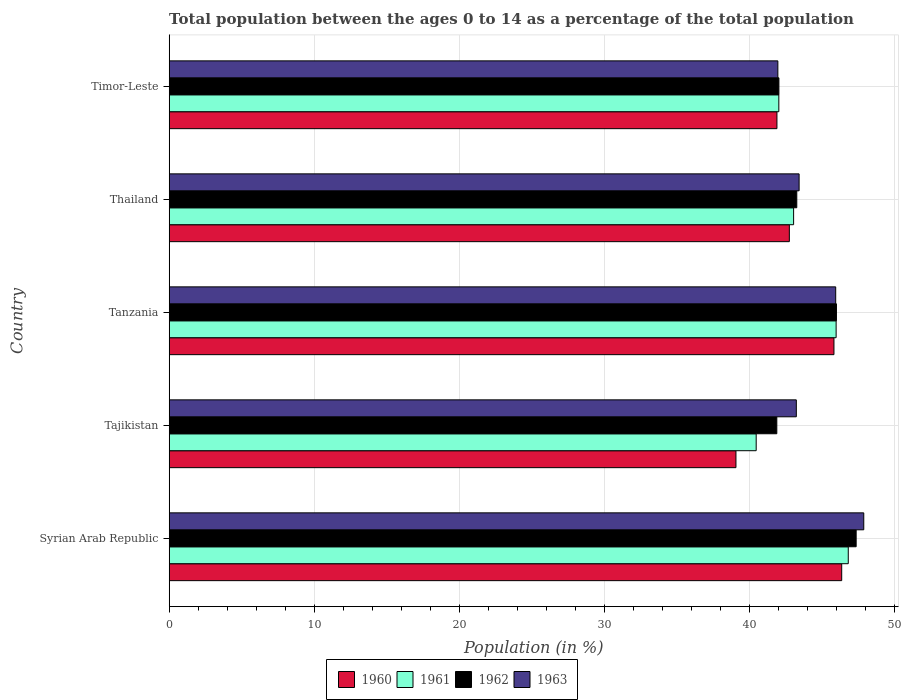
| Country | 1960 | 1961 | 1962 | 1963 |
 | --- | --- | --- | --- | --- |
 | Syrian Arab Republic | 46.3 | 46.8 | 47.3 | 47.9 |
 | Tajikistan | 39.1 | 40.4 | 41.9 | 43.2 |
 | Tanzania | 45.8 | 46 | 46 | 45.9 |
 | Thailand | 42.7 | 43 | 43.2 | 43.4 |
 | Timor-Leste | 41.9 | 42 | 42 | 41.9 |